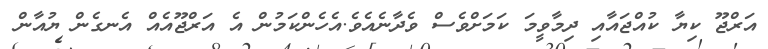
އަރްޖޫ ކިޔާ ކުއްޖައާއި ދިމާވީމަ ކަމަށްވެސް ވެދާނެއެވެ.އެހެންކަމުން އެ އަރްޖޫއެއް އެނގެން ޔުއާން